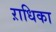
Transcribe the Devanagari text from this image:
ऱाधिका